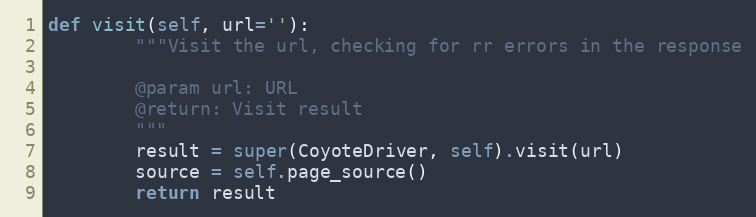
Language: Python
def visit(self, url=''):
        """Visit the url, checking for rr errors in the response

        @param url: URL
        @return: Visit result
        """
        result = super(CoyoteDriver, self).visit(url)
        source = self.page_source()
        return result